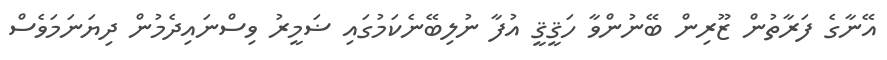
އޭނާގެ ފަރާތުން ޒޫރިން ބޭނުންވާ ހަޤީޤީ އުފާ ނުލިބޭނެކަމުގައި ޟަމީރު ވިސްނައިދެމުން ދިޔަނަމަވެސް